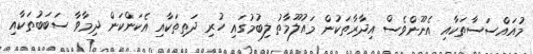
މުއައްސަސާތަކާއި އެނޫންވެސް އިދާރާތަކުން މައުލޫމާތު ލިބުމުގައި ހުރި ދަތިތަކާއި އެކަންކަން ދިމާވާ ސަބަބުތަކާއި